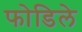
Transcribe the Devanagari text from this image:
फोडिले